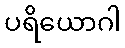
ပရိယောဂါ